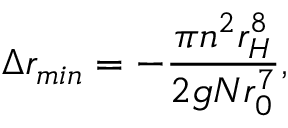
\Delta r _ { m i n } = - \frac { \pi n ^ { 2 } r _ { H } ^ { 8 } } { 2 g N r _ { 0 } ^ { 7 } } ,